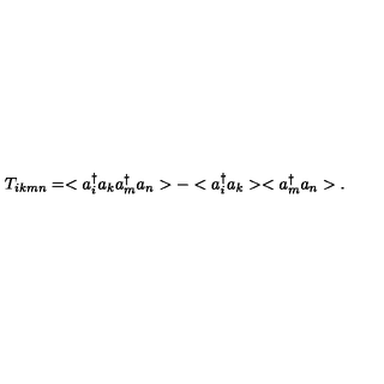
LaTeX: T _ { i k m n } = < a _ { i } ^ { \dag } a _ { k } a _ { m } ^ { \dag } a _ { n } > - < a _ { i } ^ { \dag } a _ { k } > < a _ { m } ^ { \dag } a _ { n } > .